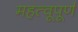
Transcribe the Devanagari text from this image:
महत्वूपूर्ण